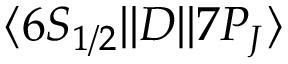
\ensuremath { \langle 6 S _ { 1 / 2 } | | } D \ensuremath { | | 7 P _ { J } \rangle }